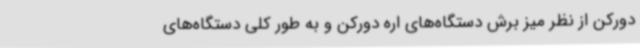
دورکن از نظر میز برش دستگاه‌های اره دورکن و به طور کلی دستگاه‌های